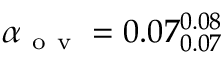
\alpha _ { \mathrm { ~ o ~ v ~ } } = 0 . 0 7 _ { 0 . 0 7 } ^ { 0 . 0 8 }